Account of plague administration in the Bombay Presidency from September 1896 till May 1897
Year: 1896
Disease focus: Plague
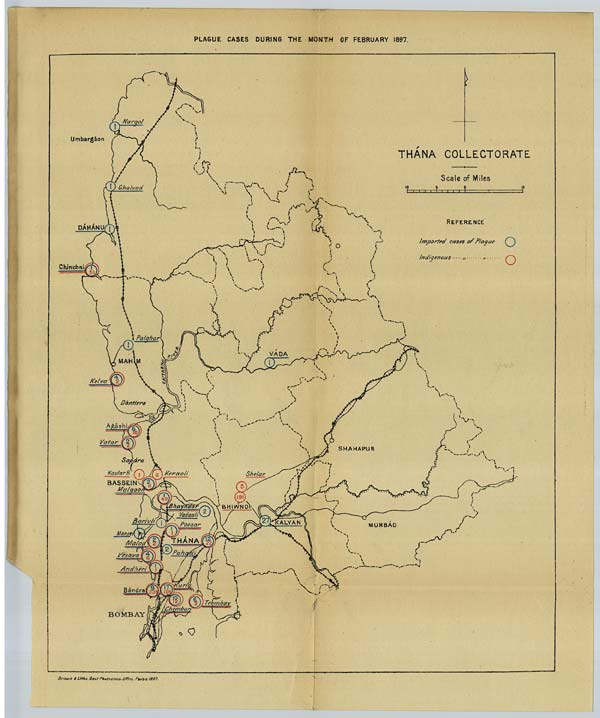
PLAGUE CASES DURING THE MONTH OF FEBRUARY 1897.
Drawn & Litho. Govt Photozinco. Office Poona 1897.